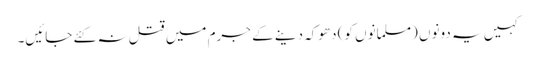
کہیں یہ دونوں (مسلمانوں کو) دھوکہ دینے کے جرم میں قتل نہ کئے جائیں۔